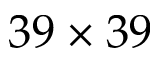
3 9 \times 3 9